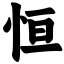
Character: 恒